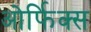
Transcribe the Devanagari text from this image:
ओर्फिक्स